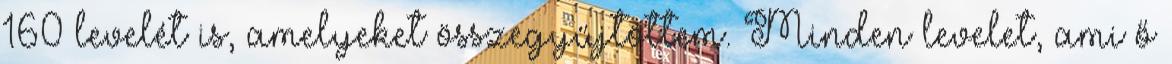
160 levelét is, amelyeket összegyűjtöttem. Minden levelet, ami ő